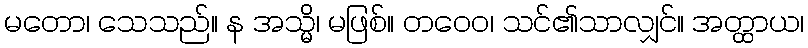
မတော၊ သေသည်။ န အသ္မိ၊ မဖြစ်။ တဝေဝ၊ သင်၏သာလျှင်။ အတ္ထာယ၊